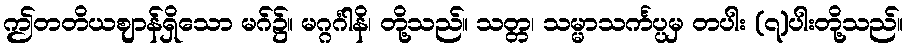
ဤတတိယဈာန်ရှိသော မဂ်၌။ မဂ္ဂင်္ဂါနိ၊ တို့သည်။ သတ္တ၊ သမ္မာသင်္ကပ္ပမှ တပါး (၇)ပါးတို့သည်။